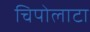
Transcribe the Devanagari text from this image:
चिपोलाटा